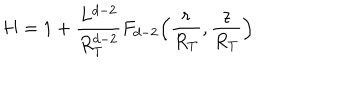
LaTeX: H = 1 + \frac { L ^ { d - 2 } } { R _ { T } ^ { d - 2 } } F _ { d - 2 } \Big ( \frac { r } { R _ { T } } , \frac { z } { R _ { T } } \Big )